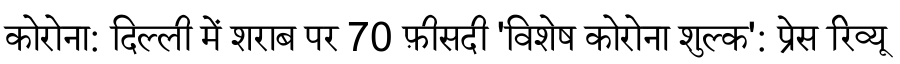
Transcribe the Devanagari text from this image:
कोरोना: दिल्ली में शराब पर 70 फ़ीसदी 'विशेष कोरोना शुल्क': प्रेस रिव्यू